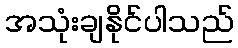
အသုံးချနိုင်ပါသည်